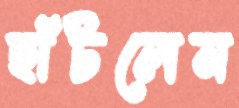
ছাঁটলেন